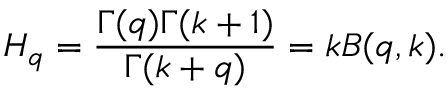
H _ { q } = \frac { \Gamma ( q ) \Gamma ( k + 1 ) } { \Gamma ( k + q ) } = k B ( q , k ) .